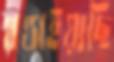
খণ্ডাইয়াছি